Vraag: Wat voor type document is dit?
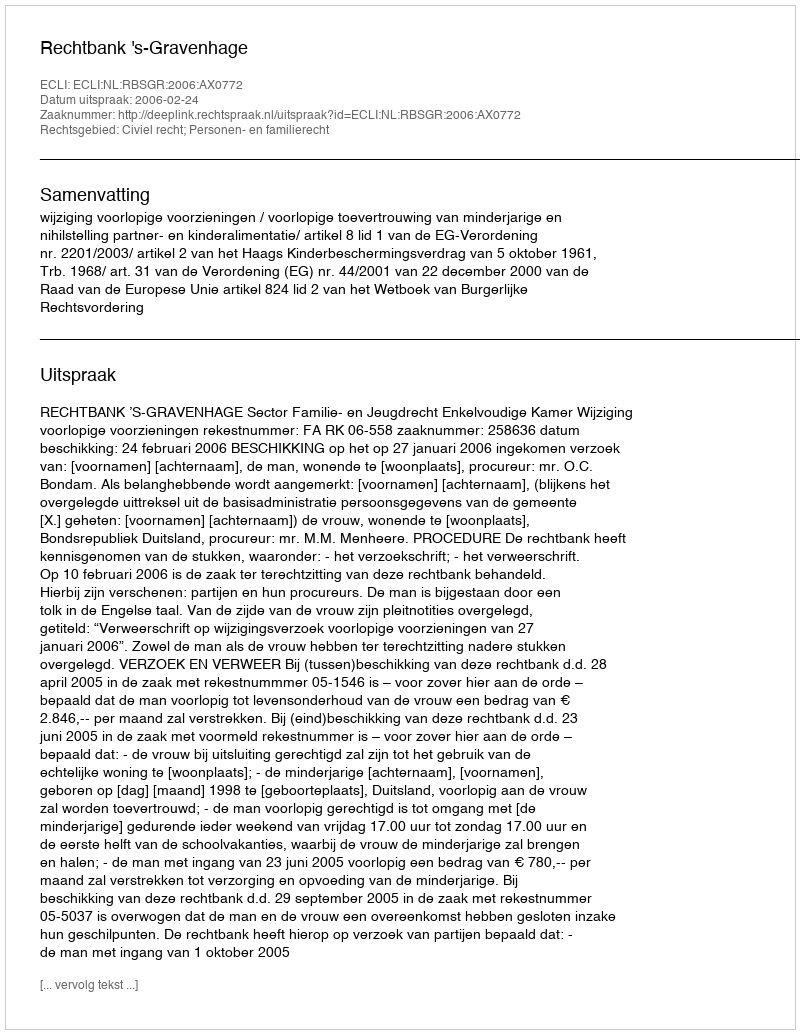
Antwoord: Uitspraak